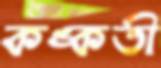
কঙ্কতী